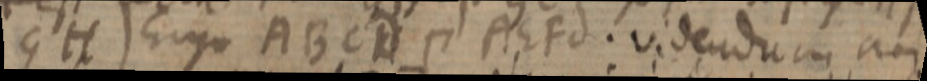
GH) Ergo ABCD п AEFd. videndum non